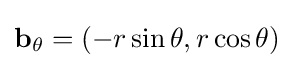
\mathbf {b} _{\theta }=(-r\sin \theta ,r\cos \theta )